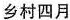
乡村四月